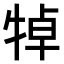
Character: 𤙴